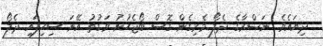
ދިޔައެވެ. ނަޞްރާގެ ދެލޯ މެރިގެން ގޮސް ބޯޖެހުނު ވަގުތު އޭނަ ސިހިފައި ދެލޯ